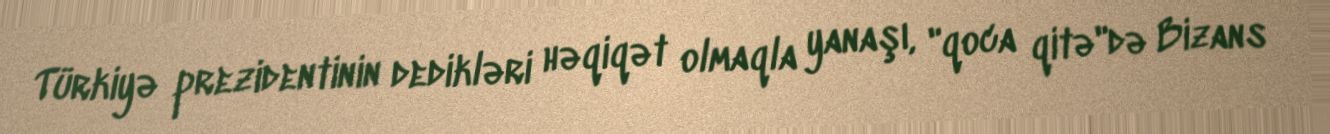
Türkiyə prezidentinin dedikləri həqiqət olmaqla yanaşı, "qoca qitə"də Bizans